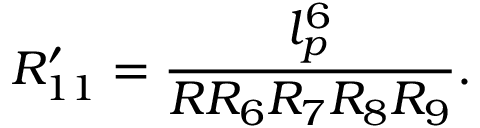
R _ { 1 1 } ^ { \prime } = \frac { l _ { p } ^ { 6 } } { R R _ { 6 } R _ { 7 } R _ { 8 } R _ { 9 } } .